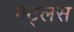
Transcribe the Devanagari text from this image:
एट्लस